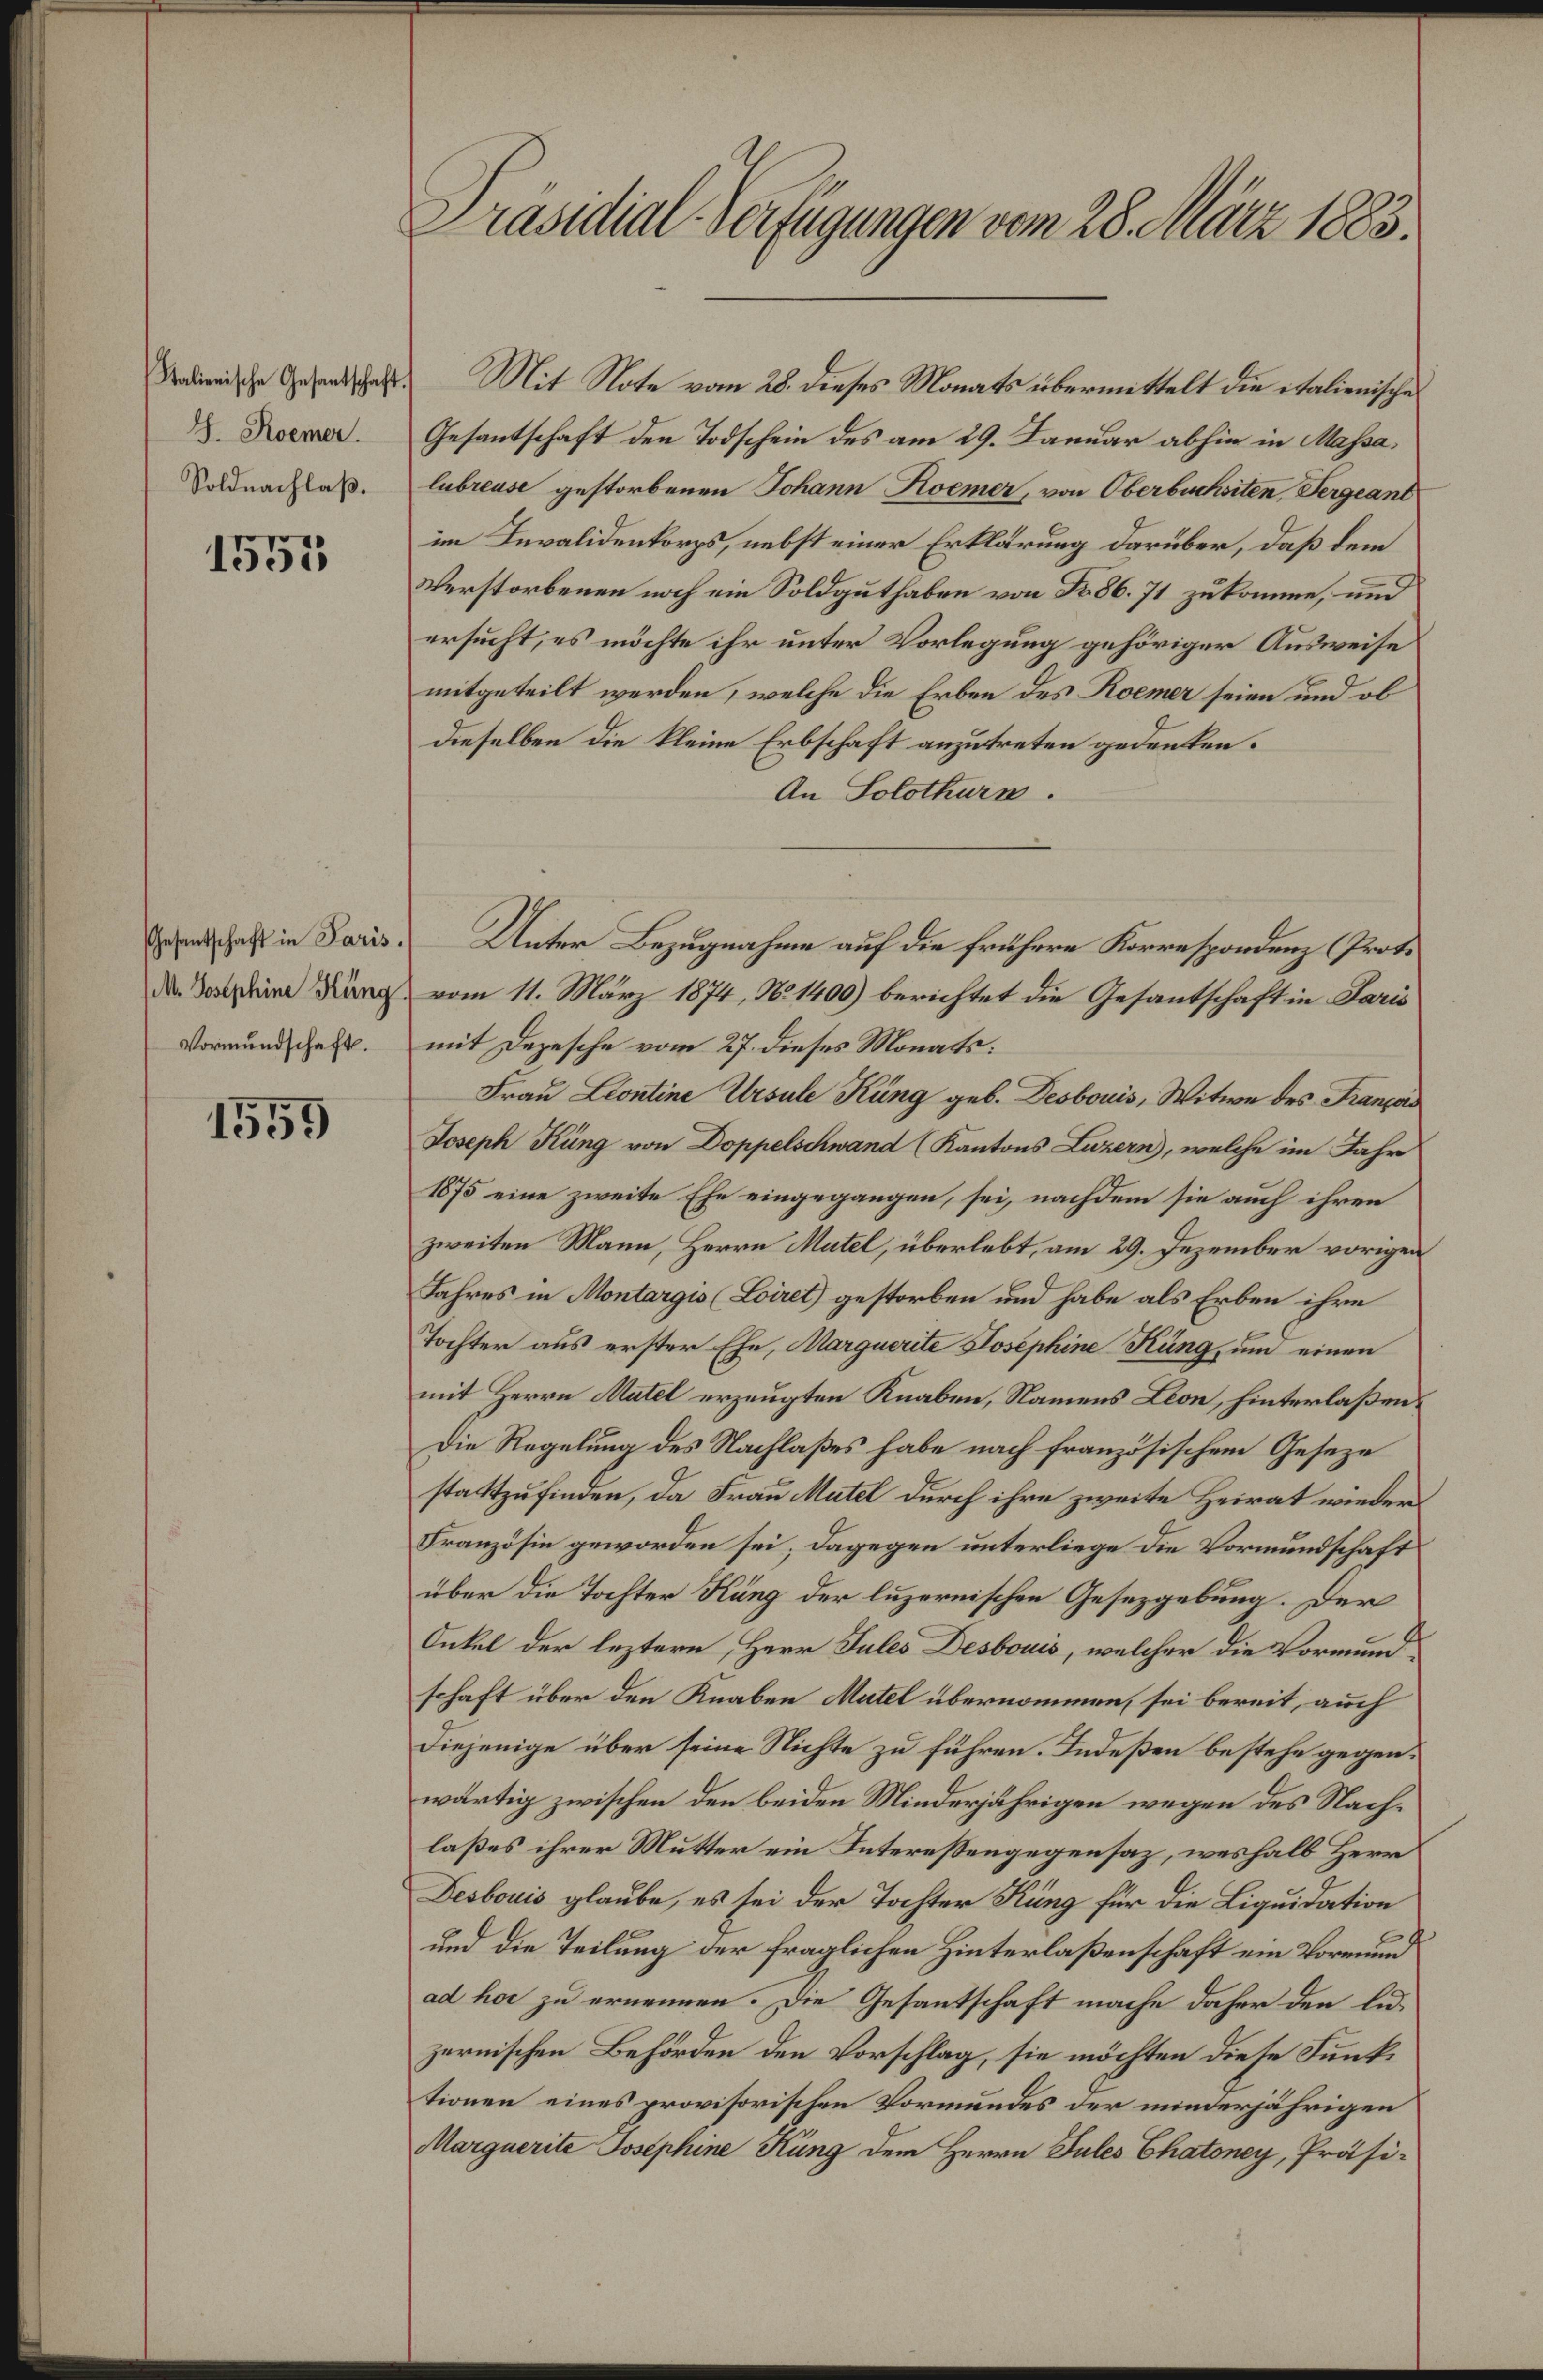
G. Roemer
Soldnachlaß.

1553

Gesantschaft in Paris.
M. Josephine Häng
Vormundschaft.

1559

Präsidial-Verfügungen vom 28. März 1883.

Sademische Gesandtschaft. Mit Note vom 28. dieses Monats übermittelt die italienischen
Gesantschaft den Todschein des am 29. Januar abhin in Massalubreuse gestorbenen Johann Kommer, von Oberbuchsiten, Sergeant
im Invalidenkorps, nebst einer Erklärung darüber, daß dem
Verstorbenen noch ein Soldguthaben von Nr. 86. 71 zukomme, und
ersucht, es möchte ihr unter Vorlegung gehöriger Ausweise
mitgeteilt werden, welche die Erben des Roemer seien und ob
dieselben die kleine Erbschaft anzutreten gedenken.
An Solothurn.
Unter Bezugnahme auf die frühere Korrespondenz (Proto
vom 11. März 1874, No 1400) berichtet die Gesantschaft in Paris
mit Depesche vom 27. dieses Monats:
Frau Leontine Ursule Küng geb. Desbouis, Witwe des Français
Joseph Küng von Doppelschwand (Kantons Luzern), welche im Jahr
1875 eine zweite Ehe eingegangen, sei, nachdem sie auch ihren
zweiten Mann, Herrn Mutel, überlebt, am 29. Dezember vorigen
Jahres in Montargis (Loiret gestorben und habe als Erben ihre
Tochter aus erster Ehe, Marquerite Josephine Küng, und einen
mit Herrn Matel erzeugten Knaben, Namens Leon, hinterlaßen¬
Die Regelung des Nachlaßes habe nach französischem Geseze
stattzufinden, da Frau Mutel durch ihre zweite Heirat wieders
Französin geworden sei; dagegen unterliege die Vormundschaft
über die Tochter Küng der luzernischen Gesetzgebung. Der
Onkel der leztern, Herr Jules Desbouis, welcher die Vormundschaft über den Knaben Mutel übernommen, sei bereit, auch
Diejenige über seine Nichte zu führen. Indeßen bestehe gegenwärtig zwischen den beiden Minderjährigen wegen des Nachlaßes ihrer Mutter ein Interessengegensaz, weshalb Herr
Desbouis glaube, es sei der Tochter Küng für die Liquidation
und die Teilung der fraglichen Hinterlaßenschaft ein Vormund
ad hoc zu ernennen. Die Gesantschaft mache daher den lud-
zernischen Behörden den Vorschlag, sie möchten diese Funktionen eines provisorischen Vormundes der minderjährigen
Marquerite Josephine Kung dem Herrn Jules Chatoney, Präsi¬